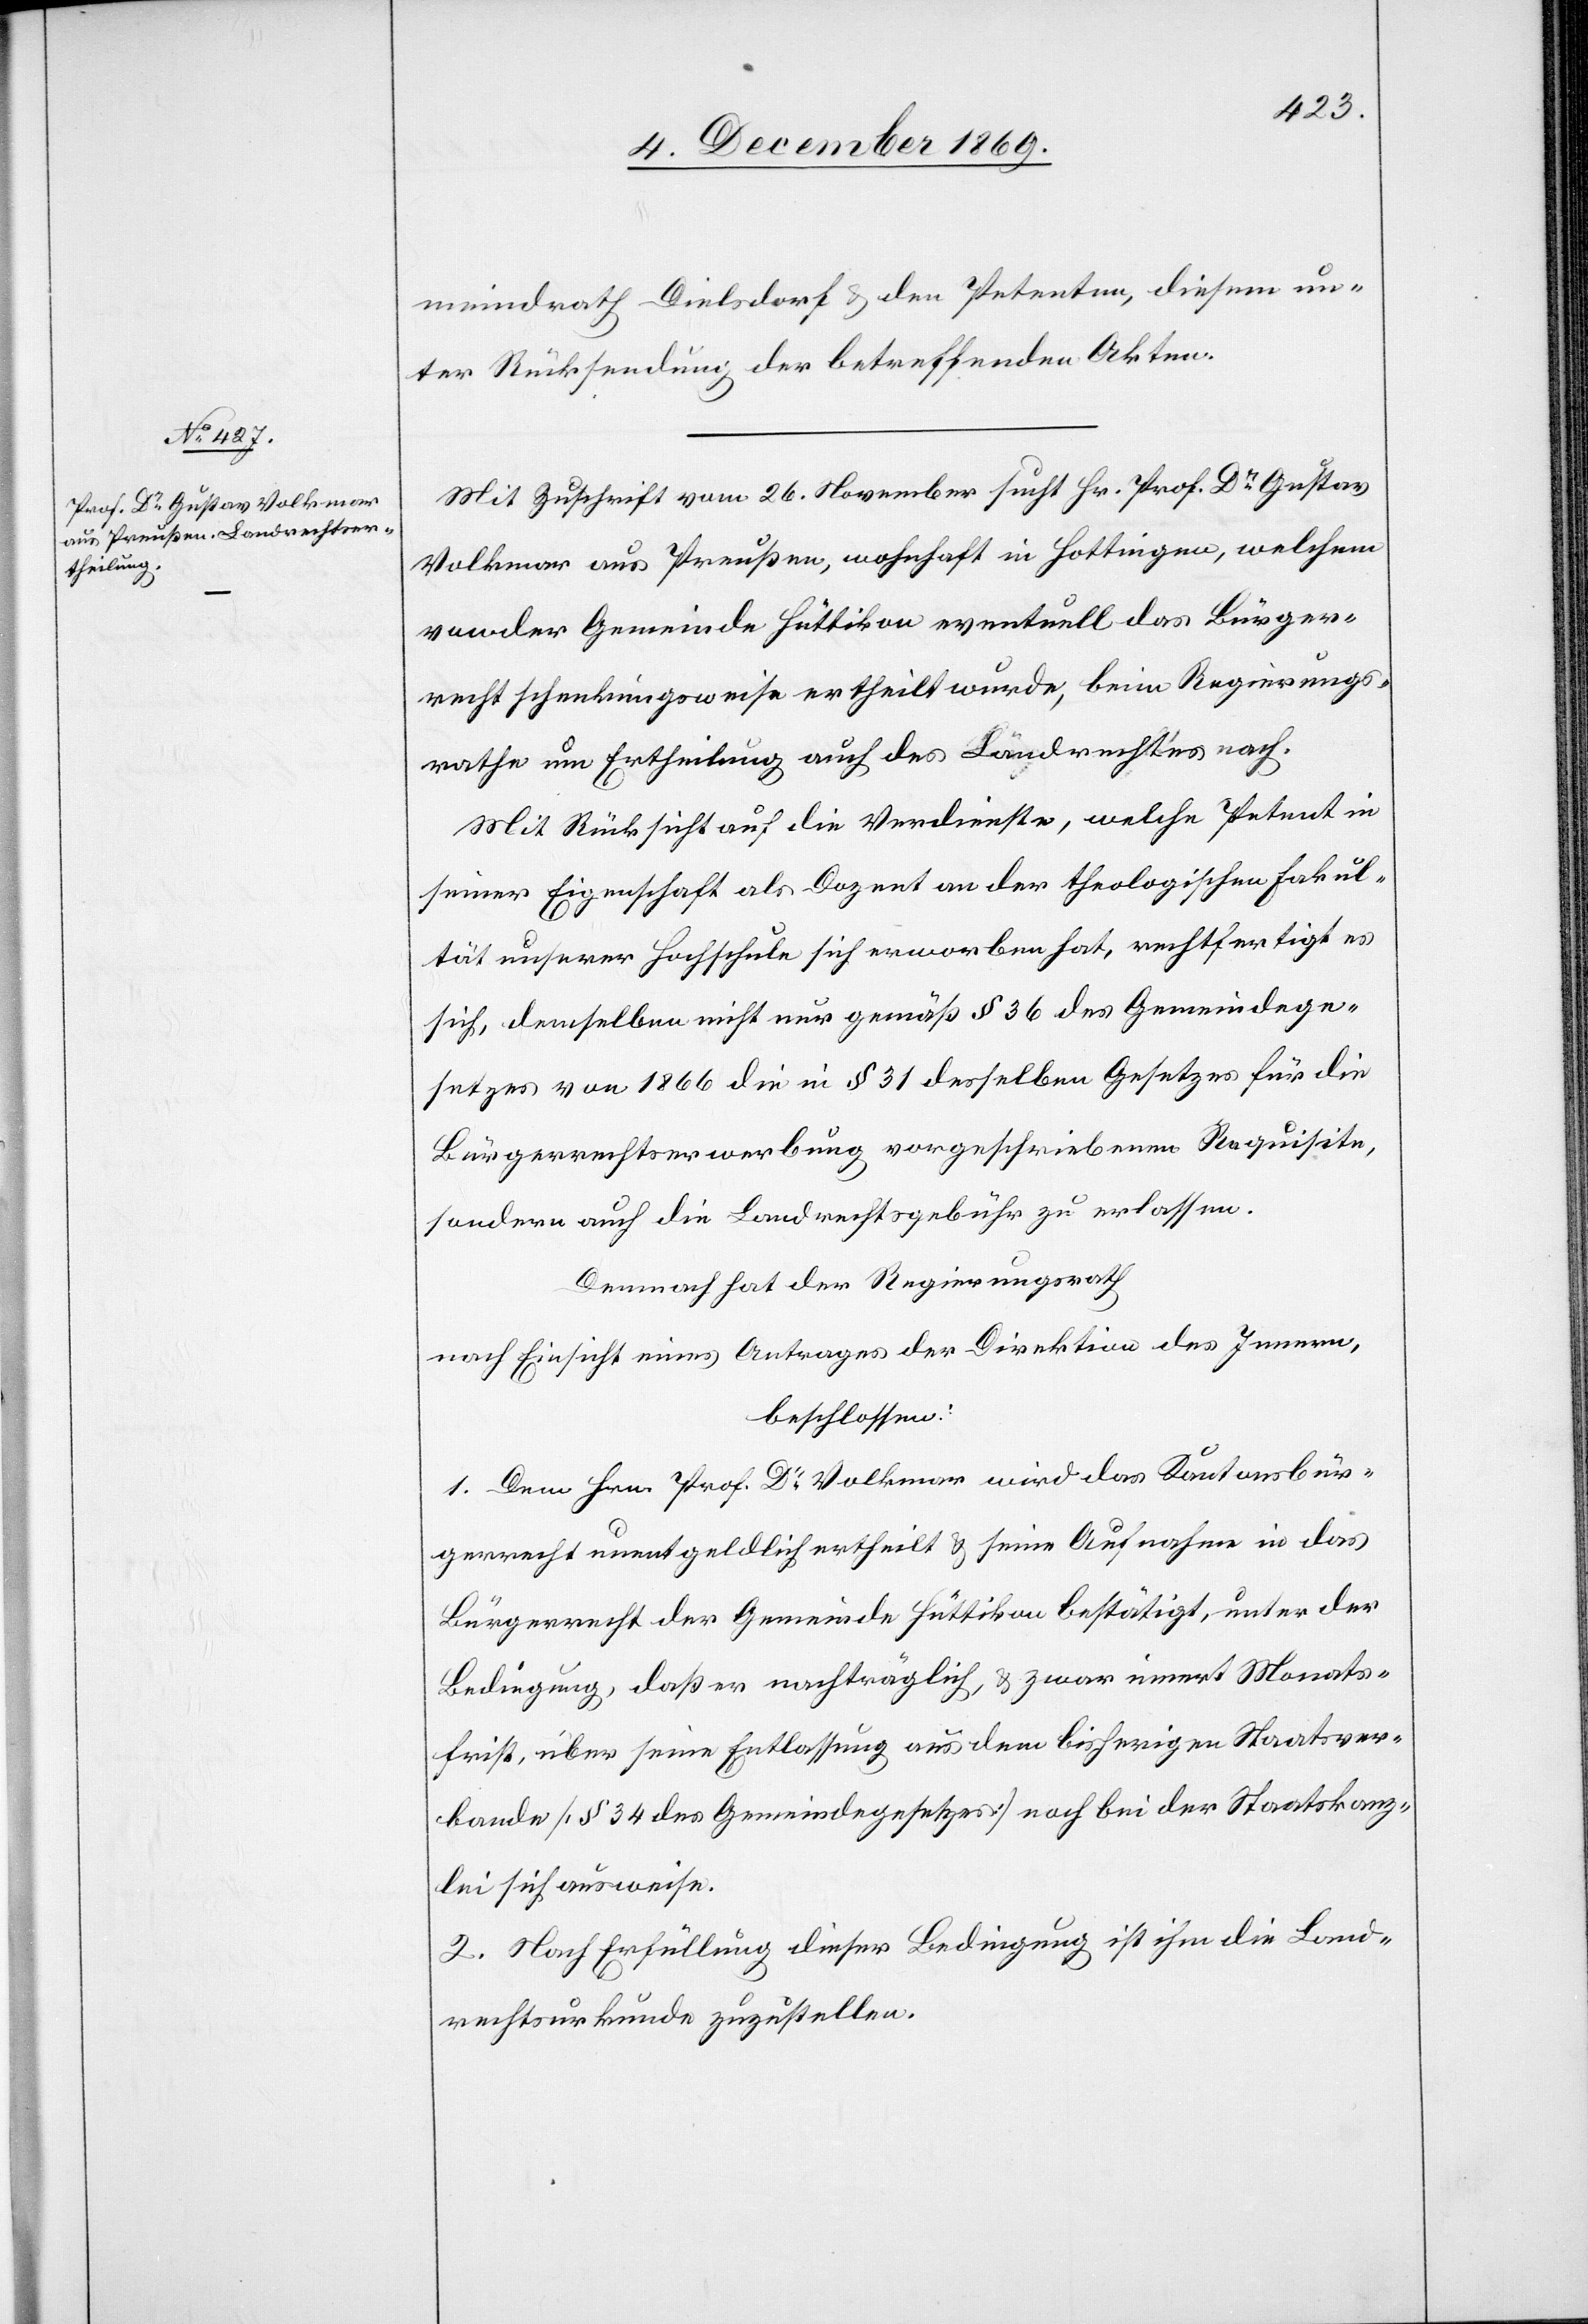
meindrath Dielsdorf & den Petenten, diesem un¬
ter Rücksendung der betreffenden Akten.
Mit Zuschrift vom 26. November sucht Hr. Prof. Dr Gustav
Volkmar aus Preußen, wohnhaft in Hottingen, welchem
von der Gemeinde Hüttikon eventuell das Bürger¬
recht schenkungsweise ertheilt wurde, beim Regierungs¬
rathe um Ertheilung auch des Landrechtes nach.
Mit Rücksicht auf die Verdienste, welche Petent in
seiner Eigenschaft als Dozent an der theologischen Fakul¬
tät unserer Hochschule sich erworben hat, rechtfertigt es
sich, demselben nicht nur gemäß § 36 des Gemeindege¬
setzes von 1866 die in § 31 desselben Gesetzes für die
Bürgerrechtserwerbung vorgeschriebenen Requisite,
sondern auch die Landrechtsgebühr zu erlassen.
Demnach hat der Regierungsrath
nach Einsicht eines Antrages der Direktion des Innern,
beschlossen:
1. Dem Hrn. Prof. Dr Volkmar wird das Kantonsbür¬
gerrecht unentgeldlich ertheilt & seine Aufnahme in das
Bürgerrecht der Gemeinde Hüttikon bestätigt, unter der
Bedingung, daß er nachträglich, & zwar innert Monats¬
frist, über seine Entlassung aus dem bisherigen Staatsver¬
bande [§ 34 des Gemeindegesetzes] noch bei der Staatskanz¬
lei sich ausweise.
2. Nach Erfüllung dieser Bedingung ist ihm die Land¬
rechtsurkunde zuzustellen.